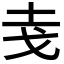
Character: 𭟯